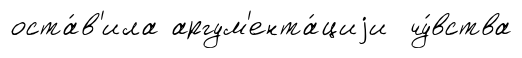
оста́в'ила аргум'ента́циjи чу́вства